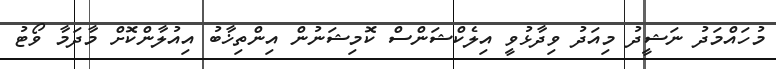
މުހައްމަދު ނަޝީދު މިއަދު ވިދާޅުވީ އިލެކްޝަންސް ކޮމިޝަނުން އިންތިޚާބު އިއުލާންކޮށް މާދަމާ ވޯޓު